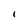
Character: I